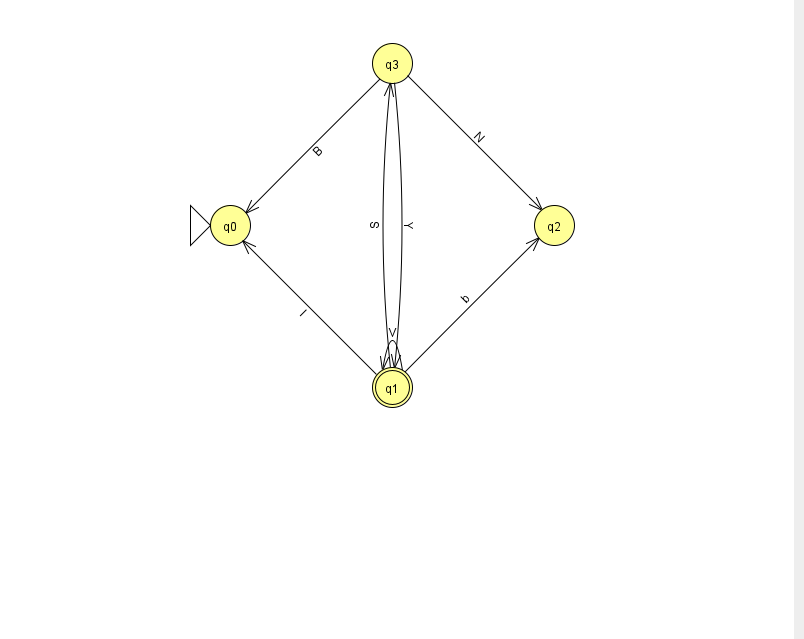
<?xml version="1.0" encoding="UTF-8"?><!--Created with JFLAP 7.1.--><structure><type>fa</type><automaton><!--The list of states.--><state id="0" name="q0"><x>230.0</x><y>212.0</y><initial/></state><state id="1" name="q1"><x>392.0</x><y>374.0</y><final/></state><state id="2" name="q2"><x>554.0</x><y>212.0</y></state><state id="3" name="q3"><x>392.0</x><y>50.0</y></state><!--The list of transitions.--><transition><from>1</from><to>0</to><read>l</read></transition><transition><from>3</from><to>0</to><read>B</read></transition><transition><from>1</from><to>1</to><read>V</read></transition><transition><from>3</from><to>1</to><read>Y</read></transition><transition><from>1</from><to>2</to><read>b</read></transition><transition><from>3</from><to>2</to><read>N</read></transition><transition><from>1</from><to>3</to><read>S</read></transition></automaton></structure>